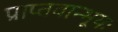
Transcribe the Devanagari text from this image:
प्राप्तवान्भूयः